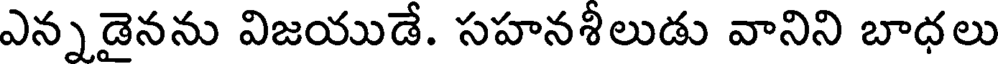
ఎన్నడైనను విజయుడే. సహనశీలుడు వానిని బాధలు